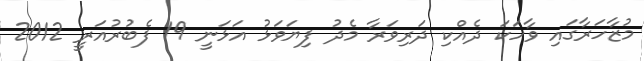
މުޒާހަރާގައި ވާހަކަ ދެއްކި ދަރިވަރާ މެދު ފިޔަވަޅު އަޅަނީ 19 ފެބުރުއަރީ 2012